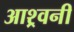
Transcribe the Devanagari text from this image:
आश्र्वनी